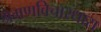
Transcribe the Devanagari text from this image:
श्रेमणविचारधारा